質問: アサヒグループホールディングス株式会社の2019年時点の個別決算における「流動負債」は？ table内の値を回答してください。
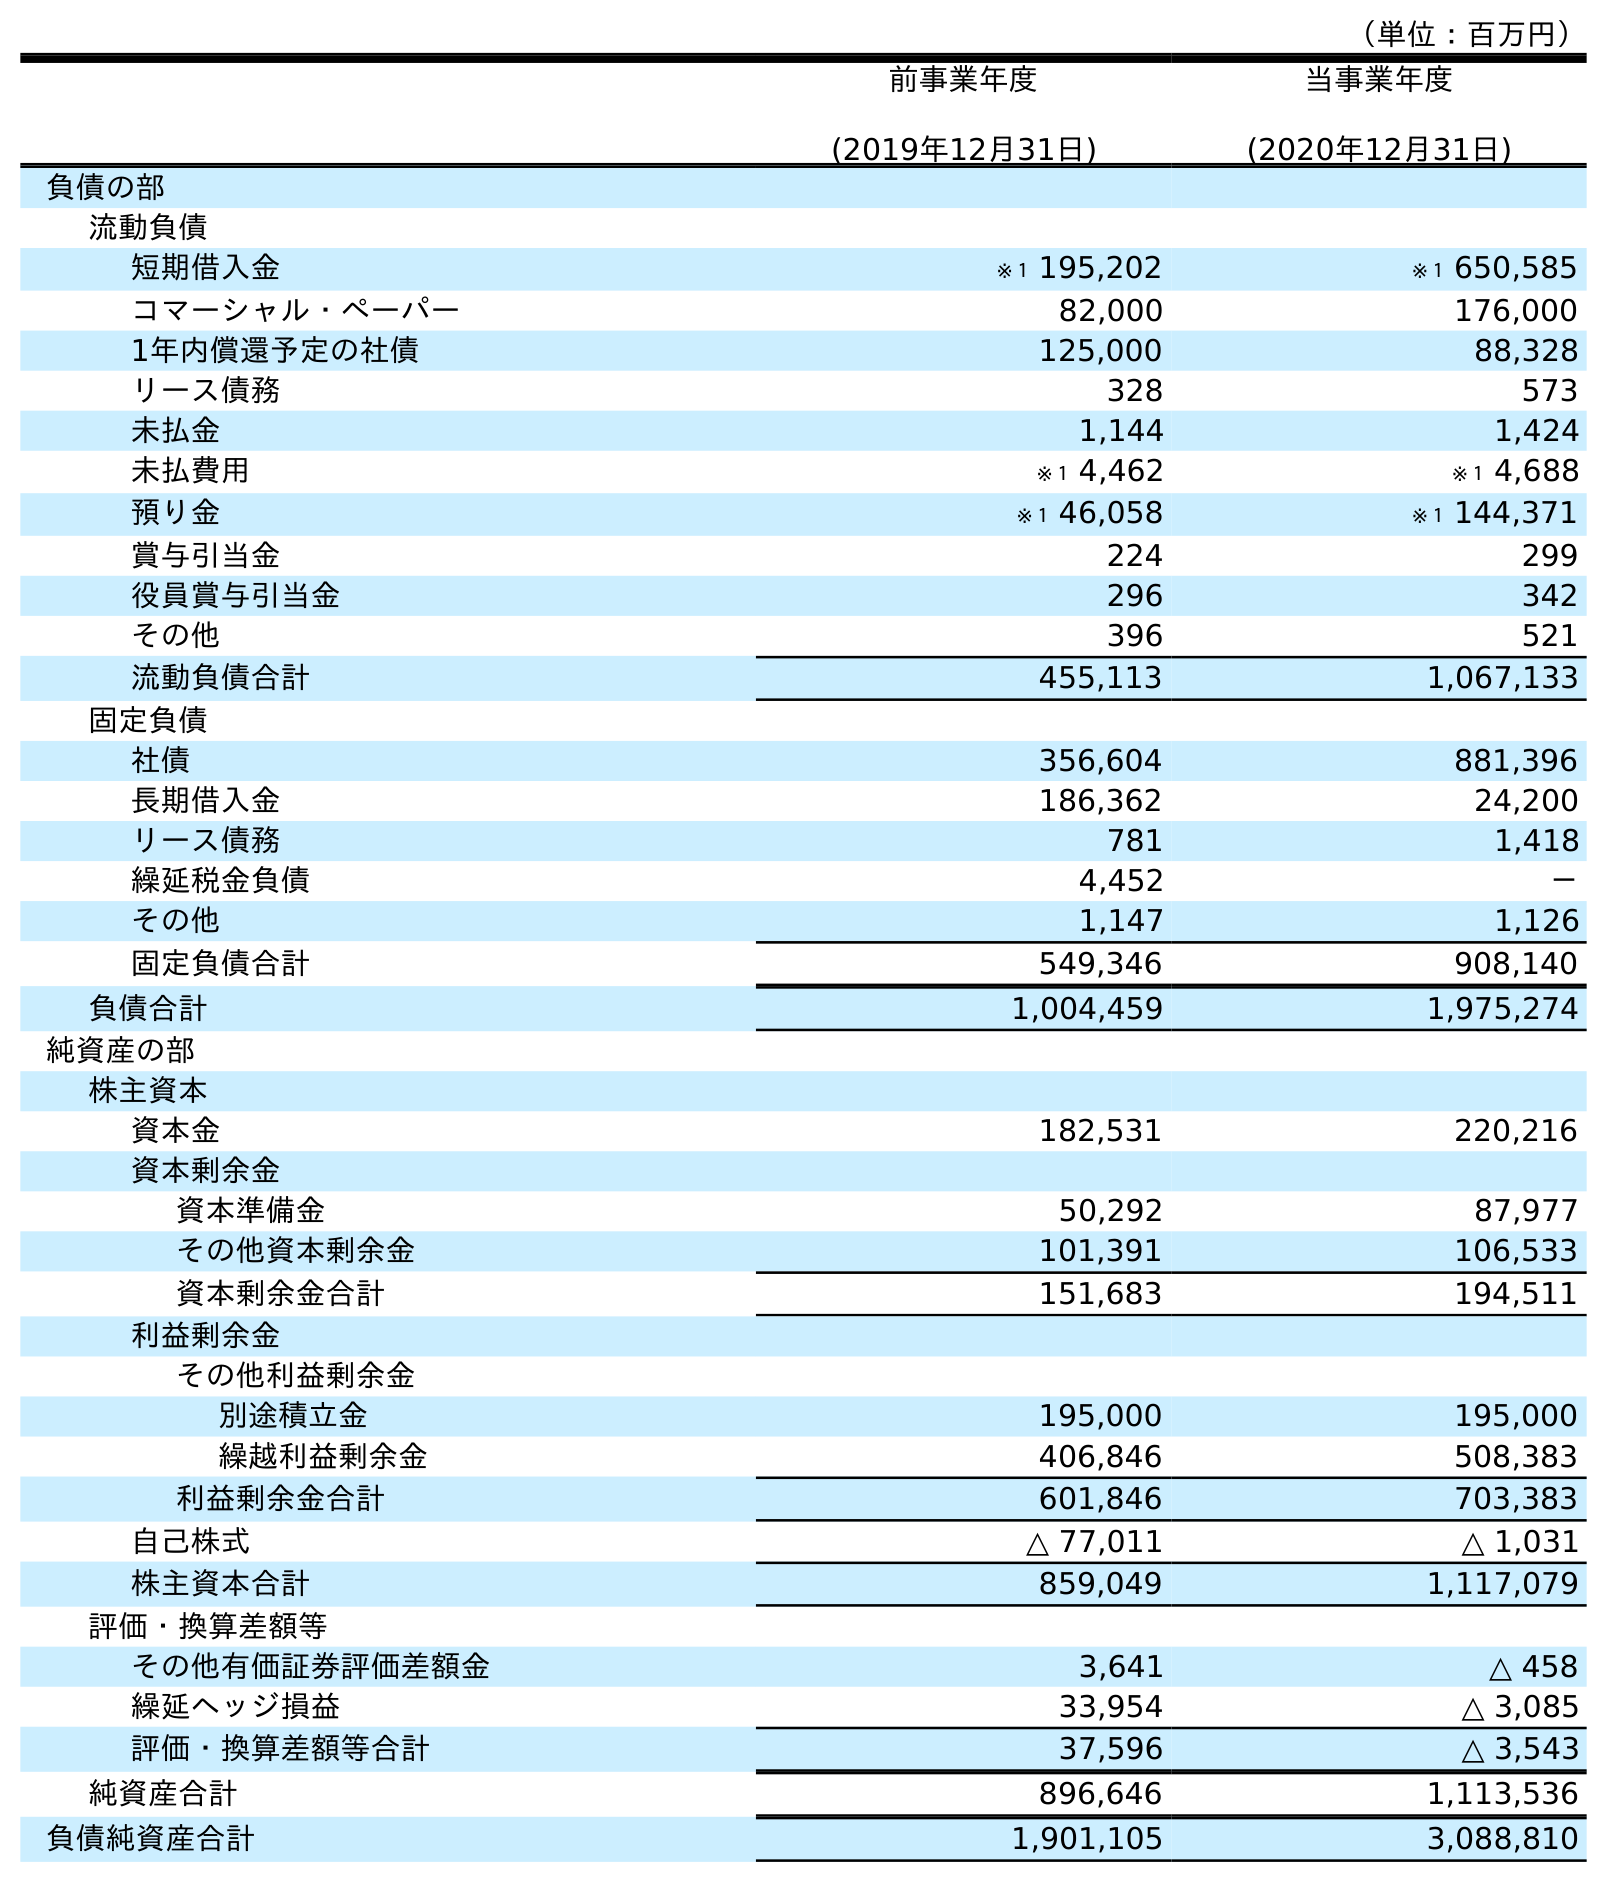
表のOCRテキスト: （単位：百万円） 前事業年度 (2019年12月31日) 当事業年度 (2020年12月31日) 負債の部 流動負債 短期借入金 ※１ 195,202 ※１ 650,585 コマーシャル・ペーパー 82,000 176,000 1年内償還予定の社債 125,000 88,328 リース債務 328 573 未払金 1,144 1,424 未払費用 ※１ 4,462 ※１ 4,688 預り金 ※１ 46,058 ※１ 144,371 賞与引当金 224 299 役員賞与引当金 296 342 その他 396 521 流動負債合計 455,113 1,067,133 固定負債 社債 356,604 881,396 長期借入金 186,362 24,200 リース債務 781 1,418 繰延税金負債 4,452 － その他 1,147 1,126 固定負債合計 549,346 908,140 負債合計 1,004,459 1,975,274 純資産の部 株主資本 資本金 182,531 220,216 資本剰余金 資本準備金 50,292 87,977 その他資本剰余金 101,391 106,533 資本剰余金合計 151,683 194,511 利益剰余金 その他利益剰余金 別途積立金 195,000 195,000 繰越利益剰余金 406,846 508,383 利益剰余金合計 601,846 703,383 自己株式 △ 77,011 △ 1,031 株主資本合計 859,049 1,117,079 評価・換算差額等 その他有価証券評価差額金 3,641 △ 458 繰延ヘッジ損益 33,954 △ 3,085 評価・換算差額等合計 37,596 △ 3,543 純資産合計 896,646 1,113,536 負債純資産合計 1,901,105 3,088,810
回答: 455,113